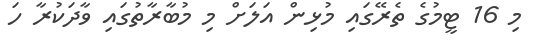
މި 16 ޓީމުގެ ތެރޭގައި މުޅިން އަލަށް މި މުބާރާތުގައި ވާދަކުރާ ހަ